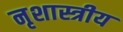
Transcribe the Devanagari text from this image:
नृशास्त्रीय